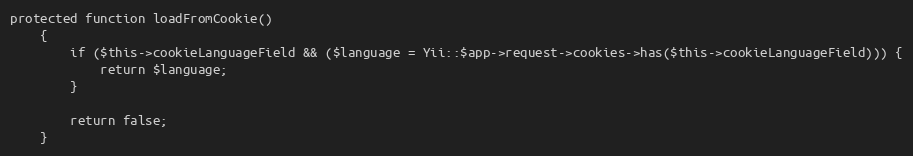
Language: PHP
protected function loadFromCookie()
    {
        if ($this->cookieLanguageField && ($language = Yii::$app->request->cookies->has($this->cookieLanguageField))) {
            return $language;
        }

        return false;
    }